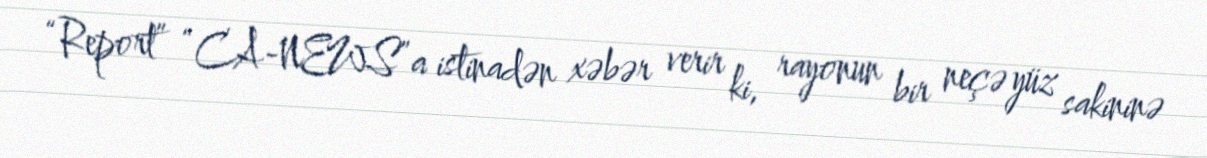
“Report” “CA-NEWS”a istinadən xəbər verir ki, rayonun bir neçə yüz sakininə